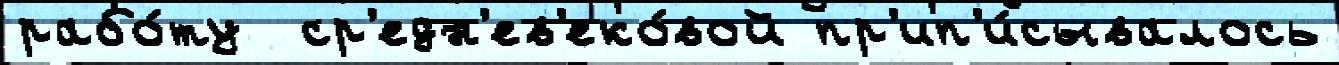
рабо́ту  ср'едн'ев'еко́вой пр'ип'и́сывалось